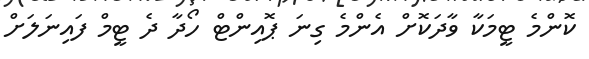
ކޮންމެ ޓީމަކާ ވާދަކޮށް އެންމެ ގިނަ ޕޮއިންޓް ހޯދާ ދެ ޓީމް ފައިނަލަށް